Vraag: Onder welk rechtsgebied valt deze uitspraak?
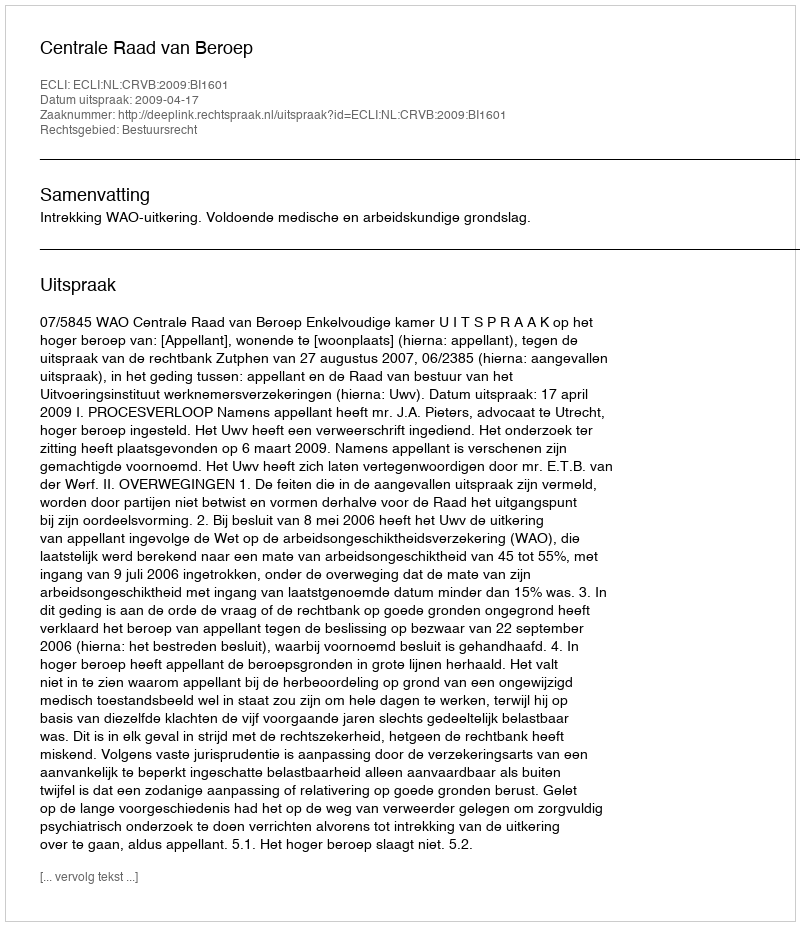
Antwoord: Bestuursrecht